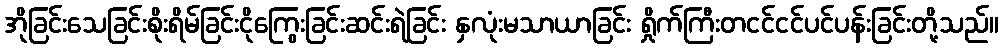
အိုခြင်းသေခြင်းစိုးရိမ်ခြင်းငိုကြွေးခြင်းဆင်းရဲခြင်း နှလုံးမသာယာခြင်း ရှိုက်ကြီးတငင်ငင်ပင်ပန်းခြင်းတို့သည်။